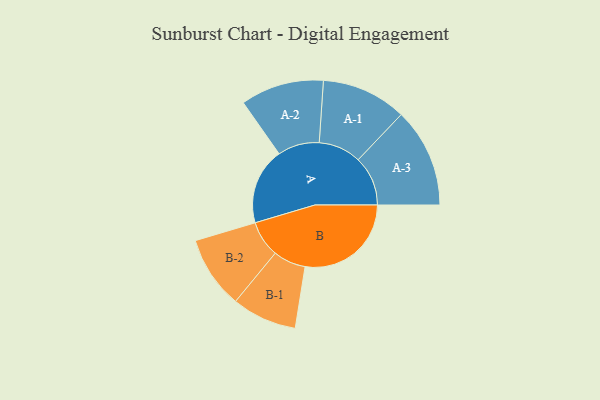
{"axis": {"x": "Segment", "y": "Value"}, "legend": ["", "A", "B"], "data": [{"x": "A", "y": 259, "type": ""}, {"x": "B", "y": 359, "type": ""}, {"x": "A-1", "y": 144, "type": "A"}, {"x": "A-2", "y": 141, "type": "A"}, {"x": "A-3", "y": 168, "type": "A"}, {"x": "B-1", "y": 110, "type": "B"}, {"x": "B-2", "y": 123, "type": "B"}]}